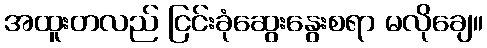
အထူးတလည် ငြင်းခုံဆွေးနွေးစရာ မလိုချေ။